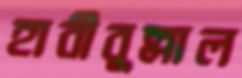
হাবীবুল্লাল